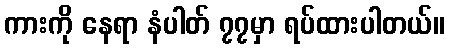
ကားကို နေရာ နံပါတ် ၇၇မှာ ရပ်ထားပါတယ်။